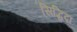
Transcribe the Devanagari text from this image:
सिद्धिदा